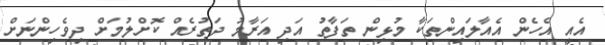
އެއީ އެހެން އެއާލައިންތަކާ މުޅިން ތަފާތު އަދި އަރާމު ދަތުރެއް ކޮށްލުމަށް ދިވެހިންނަށް